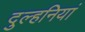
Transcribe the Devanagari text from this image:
दुल्हनियां